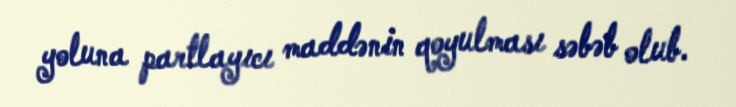
yoluna partlayıcı maddənin qoyulması səbəb olub.